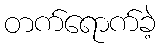
တက်ရောက်ခဲ့